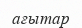
ағытар